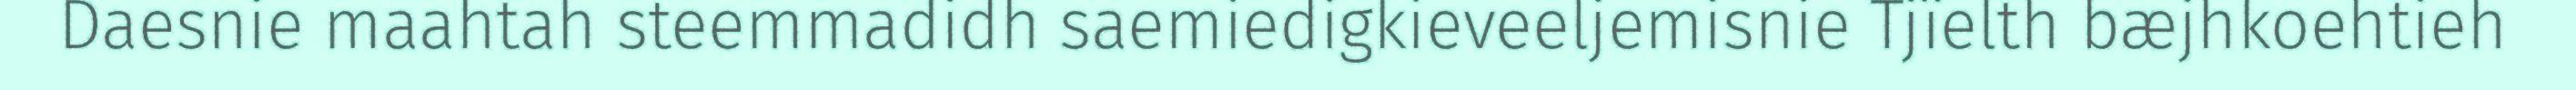
Daesnie maahtah steemmadidh saemiedigkieveeljemisnie Tjïelth bæjhkoehtieh